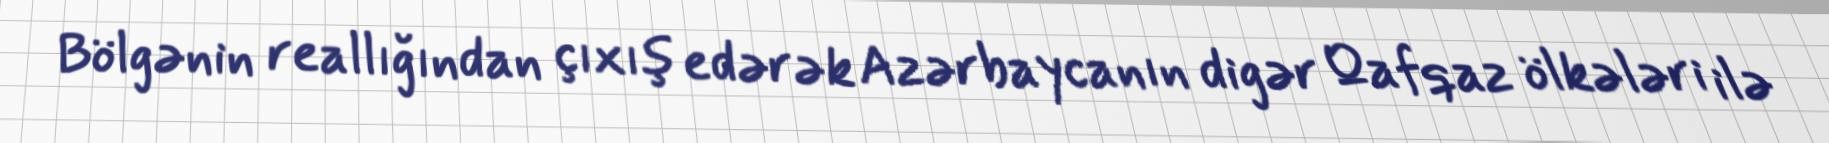
Bölgənin reallığından çıxış edərək Azərbaycanın digər Qafqaz ölkələri ilə